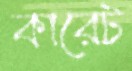
কারেট